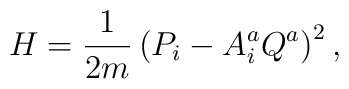
H =  {1\over 2 m}\left(P_i-A^a_i Q^a\right)^2,